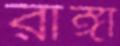
রাঙ্গা